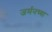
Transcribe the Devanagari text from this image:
जर्मनच्या